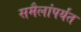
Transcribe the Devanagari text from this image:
समैलांपर्यंत